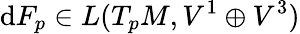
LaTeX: \mathrm{d}F_{p}\in L(T_{p}M,V^{1}\oplus V^{3})